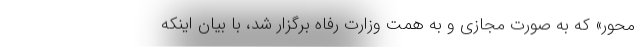
محور» که به صورت مجازی و به همت وزارت رفاه برگزار شد، با بیان اینکه